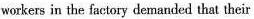
workers in the factory demanded that their